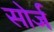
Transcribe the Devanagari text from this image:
सोर्ज